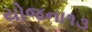
યોજના૧૩